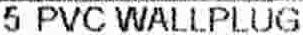
5 PVC WALLPLUG